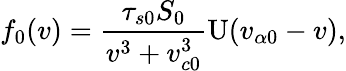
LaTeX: f_{0}(v)=\frac{\tau_{s0}S_{0}}{v^{3}+v_{c0}^{3}}\mathrm{U}(v_{\alpha 0}-v),